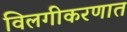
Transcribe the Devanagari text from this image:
विलगीकरणात